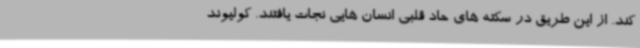
کند. از این طریق در سکته های حاد قلبی انسان هایی نجات یافتند. کولیوند